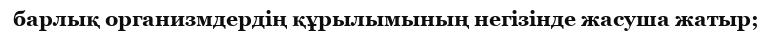
барлық организмдердің құрылымының негізінде жасуша жатыр;